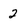
Character: 2